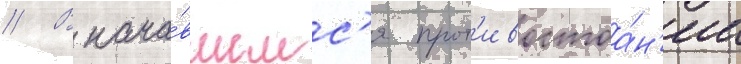
// В нача́вшемс'я прот'ивостоа́н'ии